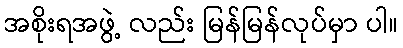
အစိုးရအဖွဲ့ လည်း မြန်မြန်လုပ်မှာ ပါ။